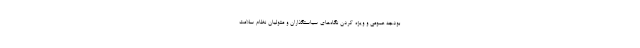
بودجه عمومی و ویژه کردن نگاه‌های سیاستگذاران و متولیان نظام سلامت